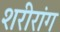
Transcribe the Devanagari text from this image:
शरीरांग